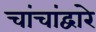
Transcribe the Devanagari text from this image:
चांचांद्वारे